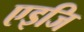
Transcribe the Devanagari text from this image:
एइजि